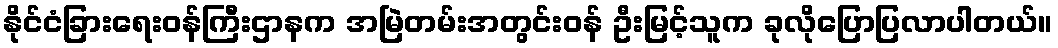
နိုင်ငံခြားရေးဝန်ကြီးဌာနက အမြဲတမ်းအတွင်းဝန် ဦးမြင့်သူက ခုလိုပြောပြလာပါတယ်။